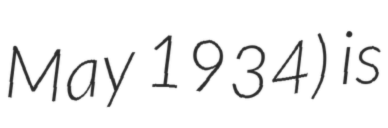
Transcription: May 1934) is